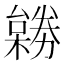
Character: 𠢺